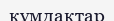
құмдақтар